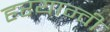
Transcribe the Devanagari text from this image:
हरयान्वी